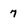
Character: 7